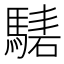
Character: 騞